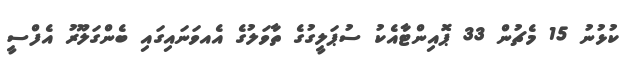
ކުޅުނު 15 މެޗުން 33 ޕޮއިންޓާއެކު ސުޕަލީގުގެ ތާވަލުގެ އެއވަނައިގައި ބެންގަލޫރު އެފްސީ